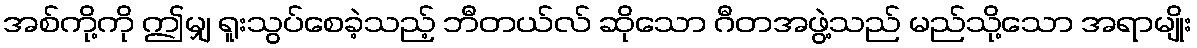
အစ်ကို့ကို ဤမျှ ရူးသွပ်စေခဲ့သည့် ဘီတယ်လ် ဆိုသော ဂီတအဖွဲ့သည် မည်သို့သော အရာမျိုး